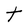
Character: t